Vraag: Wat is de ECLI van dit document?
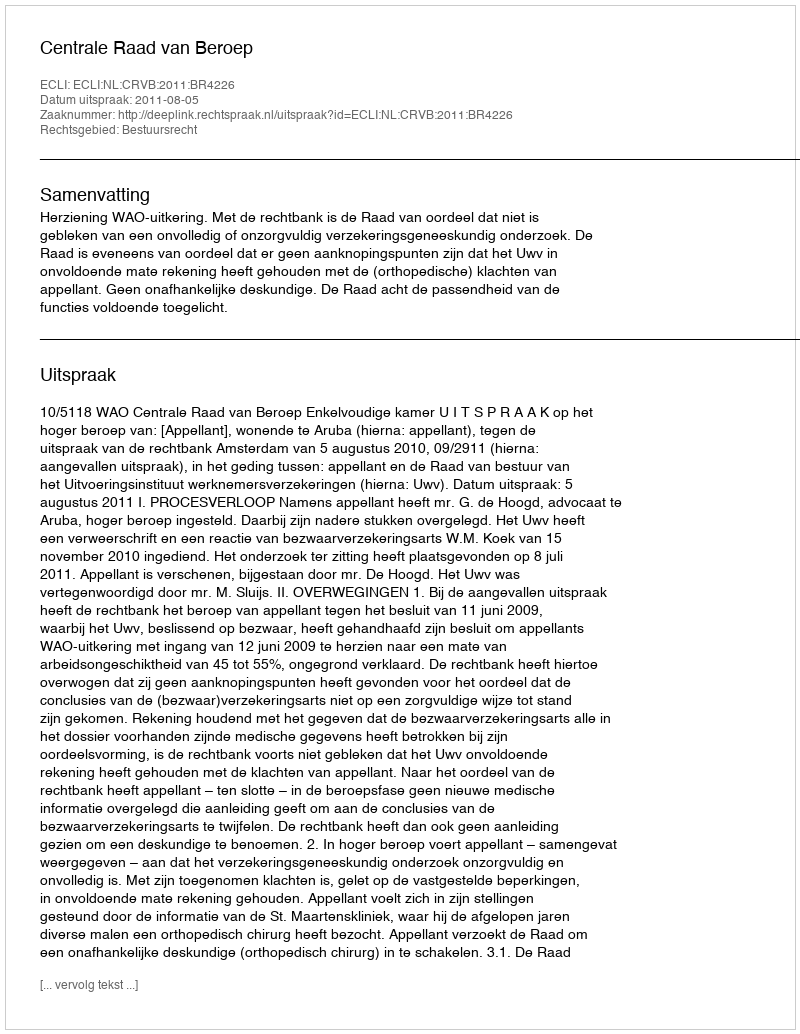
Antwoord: ECLI:NL:CRVB:2011:BR4226